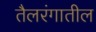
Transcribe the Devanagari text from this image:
तैलरंगातील